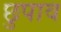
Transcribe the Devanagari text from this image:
छुपाव